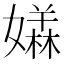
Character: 𡢥